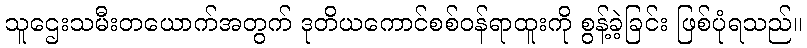
သူဌေးသမီးတယောက်အတွက် ဒုတိယကောင်စစ်ဝန်ရာထူးကို စွန့်ခဲ့ခြင်း ဖြစ်ပုံရသည်။